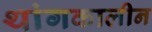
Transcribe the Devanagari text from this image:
थांगकालीन